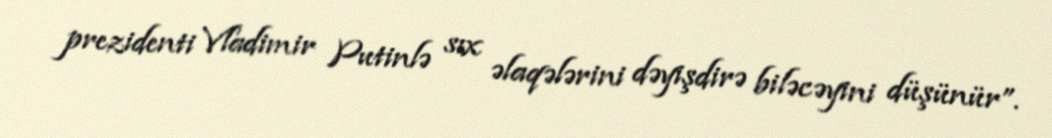
prezidenti Vladimir Putinlə sıx əlaqələrini dəyişdirə biləcəyini düşünür”.